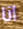
انا